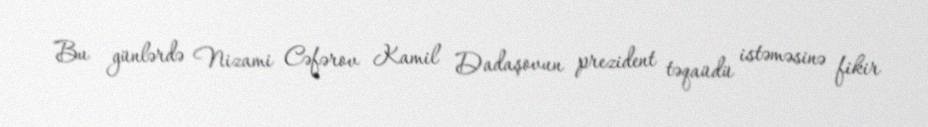
Bu günlərdə Nizami Cəfərov Kamil Dadaşovun prezident təqaüdü istəməsinə fikir